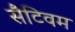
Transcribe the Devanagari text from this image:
सैटिवम